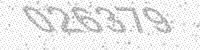
Solution: 026379